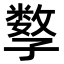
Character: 𡦤